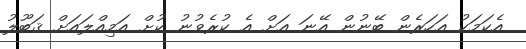
އެކަމަކު އަހަރެން ބޭނުން އޭނަ އަށް އެ ކުރެވުނު ކުށް އަމިއްލައަށް ޤަބޫލު